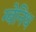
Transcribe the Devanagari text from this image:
ग्वेनिथ